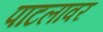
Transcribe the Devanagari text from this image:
पाटलावर